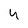
Character: 4